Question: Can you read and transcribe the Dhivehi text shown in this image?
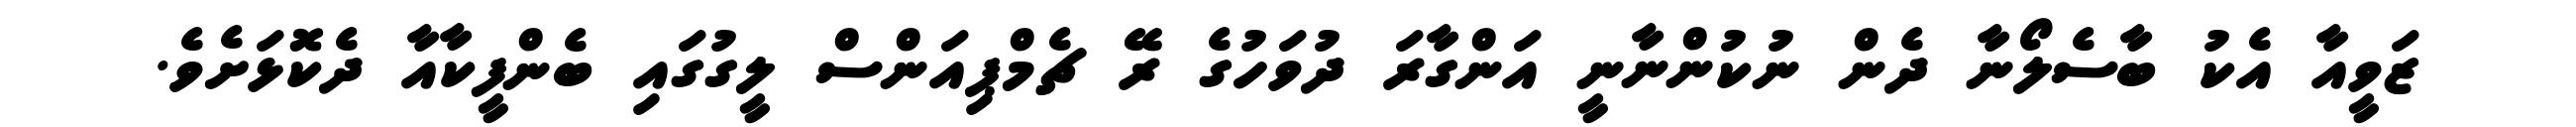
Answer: ޒަވީއާ އެކު ބާސެލޯނާ ދެން ނުކުންނާނީ އަންގާރަ ދުވަހުގެ ރޭ ޗެމްޕިއަންސް ލީގުގައި ބެންފީކާއާ ދެކޮޅަށެވެ.